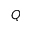
Q